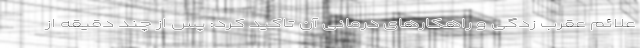
علائم عقرب زدگی و راهکارهای درمانی آن تاکید کرد: پس از چند دقیقه از